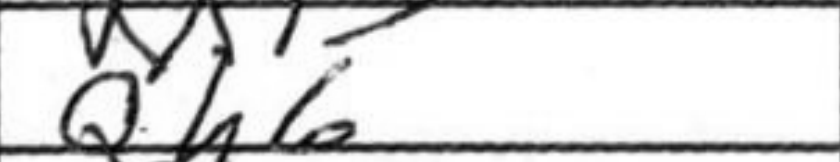
Transcription: Qh6